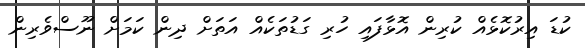
ކުޑަ އިރުކޮޅެއް ކުރިން އޮޅާފައި ހުރި ގަޑުތަކެއް އަތަށް ދިން ކަމަށް ނޫސްވެރިން